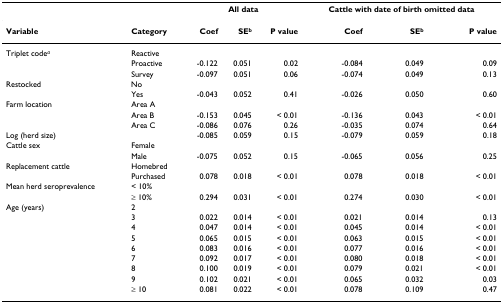
<table><thead><tr><td></td><td></td><td colspan="3"><b>All data</b></td><td colspan="3"><b>Cattle with date of birth omitted data</b></td></tr></thead><tbody><tr><td><b>Variable</b></td><td><b>Category</b></td><td><b>Coef</b></td><td><b>SE<sup>b</sup></b></td><td><b>P value</b></td><td><b>Coef</b></td><td><b>SE<sup>b</sup></b></td><td><b>P value</b></td></tr><tr><td>Triplet code<sup><i>a</i></sup></td><td>Reactive</td><td></td><td></td><td></td><td></td><td></td><td></td></tr><tr><td></td><td>Proactive</td><td>-0.122</td><td>0.051</td><td>0.02</td><td>-0.084</td><td>0.049</td><td>0.09</td></tr><tr><td></td><td>Survey</td><td>-0.097</td><td>0.051</td><td>0.06</td><td>-0.074</td><td>0.049</td><td>0.13</td></tr><tr><td>Restocked</td><td>No</td><td></td><td></td><td></td><td></td><td></td><td></td></tr><tr><td></td><td>Yes</td><td>-0.043</td><td>0.052</td><td>0.41</td><td>-0.026</td><td>0.050</td><td>0.60</td></tr><tr><td>Farm location</td><td>Area A</td><td></td><td></td><td></td><td></td><td></td><td></td></tr><tr><td></td><td>Area B</td><td>-0.153</td><td>0.045</td><td>&lt; 0.01</td><td>-0.136</td><td>0.043</td><td>&lt; 0.01</td></tr><tr><td></td><td>Area C</td><td>-0.086</td><td>0.076</td><td>0.26</td><td>-0.035</td><td>0.074</td><td>0.64</td></tr><tr><td>Log (herd size)</td><td></td><td>-0.085</td><td>0.059</td><td>0.15</td><td>-0.079</td><td>0.059</td><td>0.18</td></tr><tr><td>Cattle sex</td><td>Female</td><td></td><td></td><td></td><td></td><td></td><td></td></tr><tr><td></td><td>Male</td><td>-0.075</td><td>0.052</td><td>0.15</td><td>-0.065</td><td>0.056</td><td>0.25</td></tr><tr><td>Replacement cattle</td><td>Homebred</td><td></td><td></td><td></td><td></td><td></td><td></td></tr><tr><td></td><td>Purchased</td><td>0.078</td><td>0.018</td><td>&lt; 0.01</td><td>0.078</td><td>0.018</td><td>&lt; 0.01</td></tr><tr><td>Mean herd seroprevalence</td><td>&lt; 10%</td><td></td><td></td><td></td><td></td><td></td><td></td></tr><tr><td></td><td>≥ 10%</td><td>0.294</td><td>0.031</td><td>&lt; 0.01</td><td>0.274</td><td>0.030</td><td>&lt; 0.01</td></tr><tr><td>Age (years)</td><td>2</td><td></td><td></td><td></td><td></td><td></td><td></td></tr><tr><td></td><td>3</td><td>0.022</td><td>0.014</td><td>&lt; 0.01</td><td>0.021</td><td>0.014</td><td>0.13</td></tr><tr><td></td><td>4</td><td>0.047</td><td>0.014</td><td>&lt; 0.01</td><td>0.045</td><td>0.014</td><td>&lt; 0.01</td></tr><tr><td></td><td>5</td><td>0.065</td><td>0.015</td><td>&lt; 0.01</td><td>0.063</td><td>0.015</td><td>&lt; 0.01</td></tr><tr><td></td><td>6</td><td>0.083</td><td>0.016</td><td>&lt; 0.01</td><td>0.077</td><td>0.016</td><td>&lt; 0.01</td></tr><tr><td></td><td>7</td><td>0.092</td><td>0.017</td><td>&lt; 0.01</td><td>0.080</td><td>0.018</td><td>&lt; 0.01</td></tr><tr><td></td><td>8</td><td>0.100</td><td>0.019</td><td>&lt; 0.01</td><td>0.079</td><td>0.021</td><td>&lt; 0.01</td></tr><tr><td></td><td>9</td><td>0.102</td><td>0.021</td><td>&lt; 0.01</td><td>0.065</td><td>0.032</td><td>0.03</td></tr><tr><td></td><td>≥ 10</td><td>0.081</td><td>0.022</td><td>&lt; 0.01</td><td>0.078</td><td>0.109</td><td>0.47</td></tr></tbody></table>